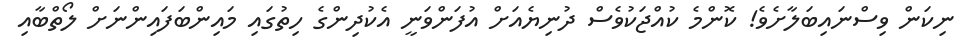
ނިކަން ވިސްނައިބަލާށެވެ! ކޮންމެ ކުއްޖަކުވެސް ދުނިޔެއަށް އުފަންވަނީ އެކުދިންގެ ހިތުގައި މައިންބަފައިންނަށް ލޯތްބާއި